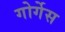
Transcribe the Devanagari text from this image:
गोर्गेस